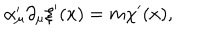
LaTeX: \alpha _ { \mu } ^ { \prime } \partial _ { \mu } \xi ^ { \prime } ( x ) = m \chi ^ { \prime } ( x ) ,